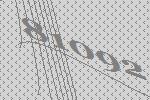
81092